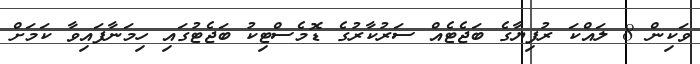
ވަކިން 8 ލައްކަ ރުފިޔާގެ ބަޖެޓެއް ސަރުކާރުގެ ޑޮމެސްޓިކު ބަޖެޓުގައި ހިމަނާފައިވާ ކަމަށް